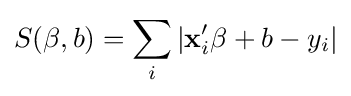
S(\mathbf {\beta } ,b)=\sum _{i}|\mathbf {x} '_{i}\mathbf {\beta } +b-y_{i}|